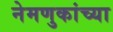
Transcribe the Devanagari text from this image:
नेमणुकांच्या